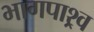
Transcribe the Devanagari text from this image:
भागपाश्र्व